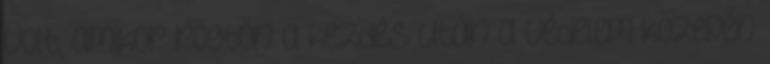
volt, amikor rögtön a kezdés után a védelem közepén